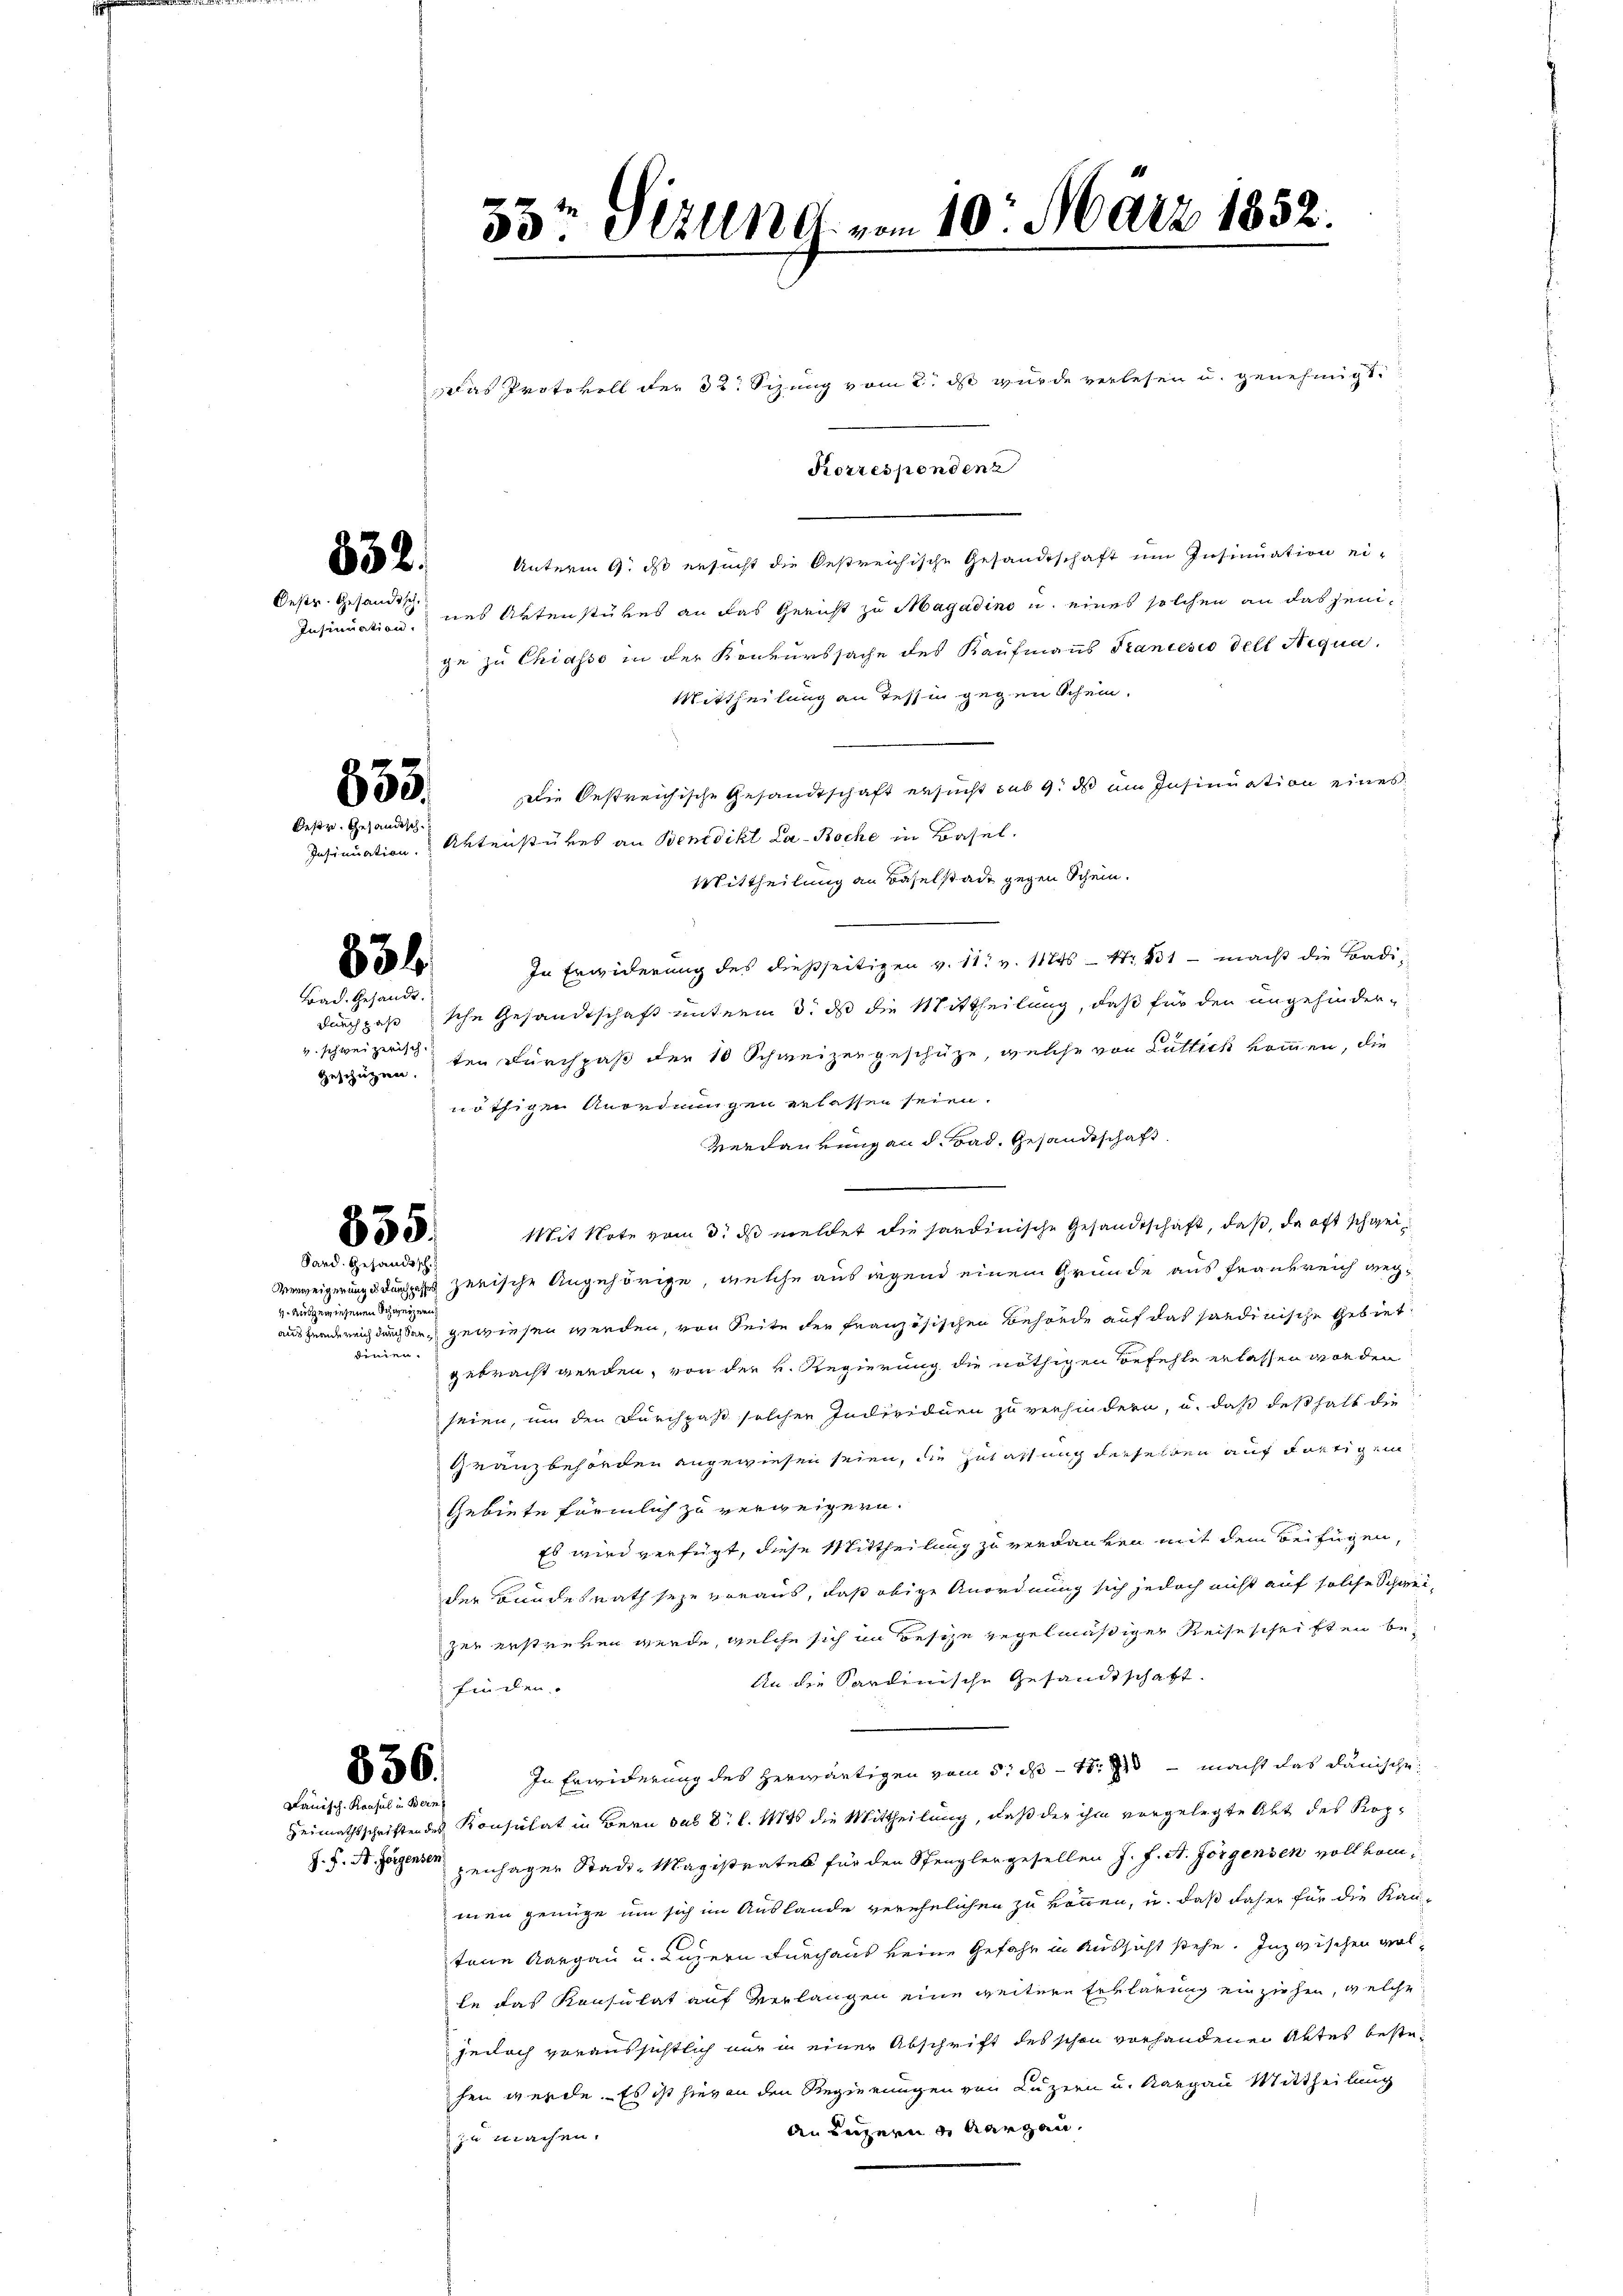
Oestr. Gesandtsch.

855.
Oestr. Gesandisch

Bad. Gesandt.
geschützen.

555.
Sard. Gesandtsch.

4. ausgewiesenen Schweizern,
dinien.

356.
Lauisch-Konsul in Bern

534.

33. Stund vom 10. März 1852.
Das Protokoll der 32. Sizung vom 2. ds wurde verlesen u. genehmigt.
Korrespondenz

2 Unterm 9. ds ersucht die bestreichische Gesandtschaft um Insinuation ei-
Insinuation des Aktenstures an das Gericht zu Magadino u. eines solchen an das jenige zu Chiasso in der Konkurssache des Kaufmanns Krancesio dell Sequa
Mittheilung an Tessin gegen Schein.
Die Oestreichische Gesandtschaft ersucht sub 9. ds um Insinuation eines
Insinuation. Aktenstükes an Benedikt La-Boche in Basel.
Mittheilung an Baselstade gegen Schein.
In Erwiderung des dießseitigen v. 11. v. 1845 — 11 - macht die Badidurchpahrsche Gesandtschaft unterm 3. ds die Mittheilung, daß für den ungehinder-
v. schweizerten Durchpaß der 10 Schweizergeschütze, welche von Luttick kommen, die
s
nöthigen Anordnungen erlassen seien.
Verdaurung an d. Bad. Gesandtschaft.
Mit Note vom 3. ds meldet die sardinische Gesandtschaft, daß, da oft schwei¬
Verweigerungs durchgehe zerische Angehörige, welche auslegend einem Gründe aus Frankreich wegausheiderrich durch der gewiesen werden, von Seite der französischen Behörde auf das sandinische Gebiet
gebracht werden, von der v. Regierung die nöthigen Befehle erlassen worden
seien, um den Furchpaß solchen Individuen zu verhindern, u. daß deßhalb die
Granzbehörden angewiesen seien, die Zulassung derselben auf dortigem
Gebiete förmlich zu verweigern.
Es wird verfügt, diese Mittheilung zu verdanken mit dem Beifügen,
der Bundesrath seye voraus, daß obige Anordnung sich jedoch nicht auf solche Schwei-
zer erstreben werde, welche sich im Besize regelmäßiger Reiseschriften be¬
An die Sardinische Gesandtschaft.
finden.
In Erwiderung des herwärtigen vom 5. d. 18. macht das danische
Heimathsschriften des Konsulat in Bern sub Dr. l. 114 die Mittheilung, daß der ihm vorgelegte Abt des Kop¬
J. F. S. Jäger zenhagen Stadt Magistrates für den Spengler gesellen J. J. St. Jörgenden vollkommen genüge um sich im Auslande verehelichen zu können, u. daß daher für die Kau-
tene Aargau u. Luzern durchaus keine Gefahr in Aussicht stehe. Inzwischen volle das Konsulat auf Verlangen eine weitere Erklärung einziehen, welche
jedoch voraussichtlich nur in einer Abschrift des schon vorhandenen Aktes bestehen werde. Es ist hievon den Regierungen von Luzern u. Kargau Mittheilung
An Luzern & Aargau,
zu machen.